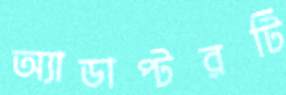
অ্যাডাপ্টরটি